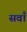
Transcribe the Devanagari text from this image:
सवाँ